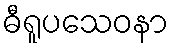
ဓီရူပသေဝနာ